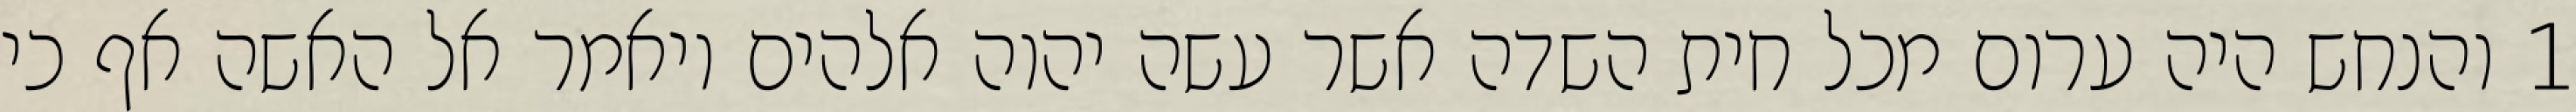
1 והנחש היה ערום מכל חית השדה אשר עשה יהוה אלהים ויאמר אל האשה אף כי